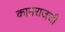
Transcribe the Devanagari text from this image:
कामराजजी